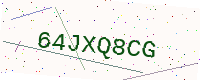
Text: 64JXQ8CG